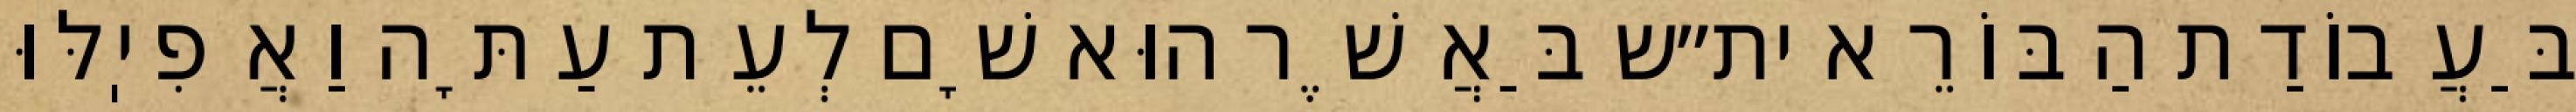
בַּעֲבוֹדַת הַבּוֹרֵא ית״ש בַּאֲשֶׁר הוּא שָׁם לְעֵת עַתָּה וַאֲפִיֽלּוּ